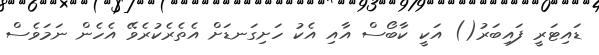
ޑައިޓަރީ ފައިބަރު() އަކީ ކާބޯސް އާއި އެކު ހަށިގަނޑަށް އެތެރެކުރެވޭ އެހެން ނަމަވެސް